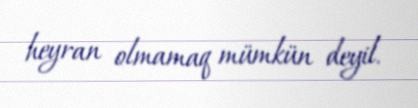
heyran olmamaq mümkün deyil.